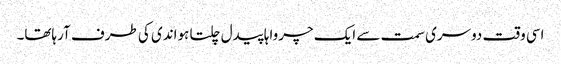
اسی وقت دوسری سمت سے ایک چرواہا پیدل چلتا ہواندی کی طرف آرہاتھا۔